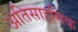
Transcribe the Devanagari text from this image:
अतिसाहसिक